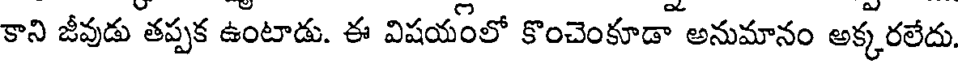
కాని జీవుడు తప్పక ఉంటాడు. ఈ విషయంలో కొంచెంకూడా అనుమానం అక్కరలేదు.